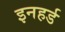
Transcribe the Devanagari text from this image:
इनहर्ड